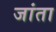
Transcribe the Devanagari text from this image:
जांता